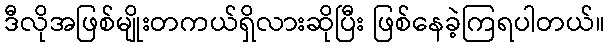
ဒီလိုအဖြစ်မျိုးတကယ်ရှိလားဆိုပြီး ဖြစ်နေခဲ့ကြရပါတယ်။